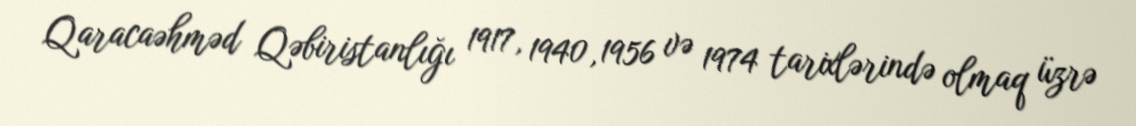
Qaracaəhməd Qəbiristanlığı 1917, 1940, 1956 və 1974 tarixlərində olmaq üzrə